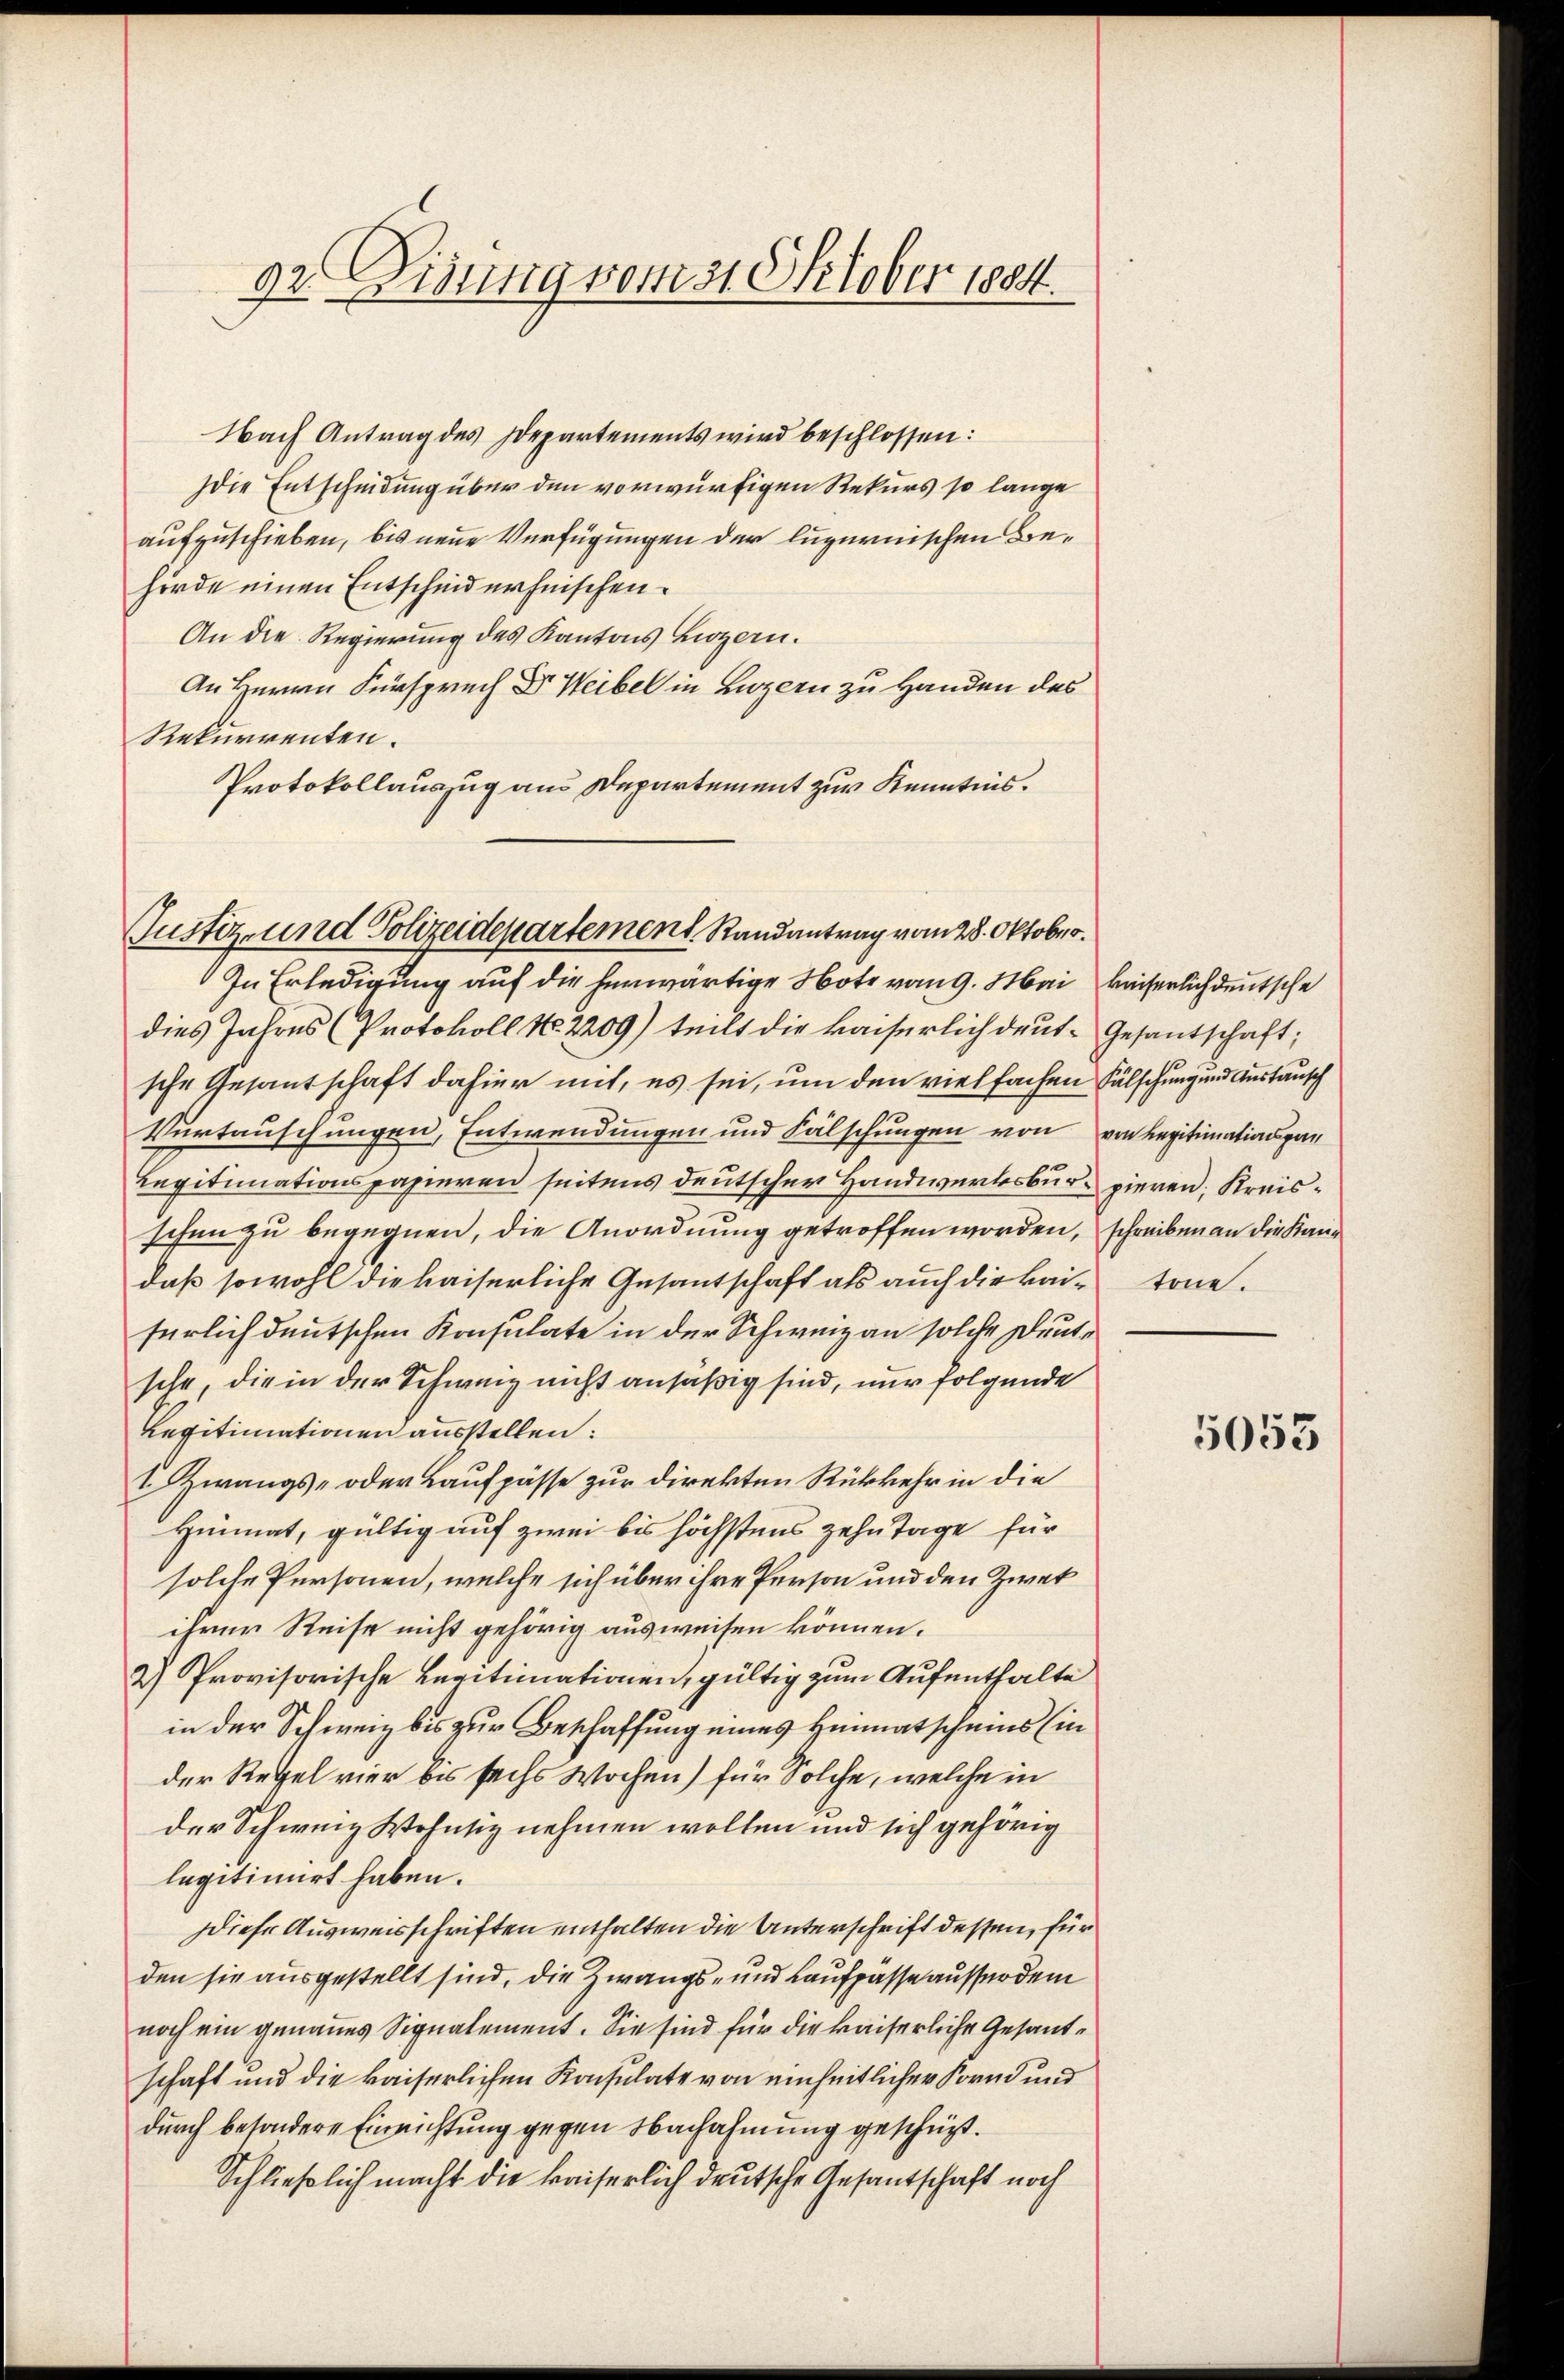
92. Disung vom 31. Oktober 1884.

Nach Antrag des Departements wird beschlossen:
Idie Entscheidung über den vorwürfigen Rekurs so lange
aufzuschieben, bis neue Verfügungen der luzernischen Behörde einen Entscheid erheischen.
An die Regierung des Kantons Luzern.
An Herrn Fürsprech Dr Weibel in Luzern zu Handen des
Rekurrenten.
Protokollauszug aus Departement zur Kenntnis.

Justiz- und Polizeidepartement, Randantrag vom 28. Oktober.

In Erledigung auf die herwärtige Note vom 9. Mai kaiserlich deutsche
dies Jahres (Protokoll No. 2209) teilt die kaiserlich deut- Gesantschaft;
sche Gesantschaft dahier mit, es sei, um den vielfachen Fälschung und Austausch
Vertauschungen, Entwendungen und Fälschungen von von Legitimationspan
Legitimationspapieren seitens deutscher Handwerksbure pieren, Kreisschen zu begegnen, die Anordnung getroffen worden, schreiben an die Kandaß sowohl die kaiserliche Gesantschaft als auch die kaifürlich deutschen Konsulate in der Schweiz an solche Deutsche, die in der Schweiz nicht ansäßig sind, nur folgende
Legitimationen ausstellen:
I Zwangs- oder Laufpässe zur Direkten Rükkehr in die
Himat, gültig auf zwei bis höchstens zehn Tage für
solche Personen, welche sich über ihre Person und den Zwet
ihrer Reise nicht gehörig ausweisen können.
2) Provisorische Legitimationen, gültig zum Aufenthalte
in der Schweiz bis zur Beschaffung eines Heimatscheins Ein
der Regel vier bis sechs Wochen) für Solche, welche in
der Schweiz Wohnsiz nehmen wollen und sich gehörig
legitimiert haben.
Diese Ausweisschriften enthalten die Unterschrift dessen, für
den sie ausgestellt sind, die Zwangs- und Kaufpässe ausserdem
noch ein genannes Signalement. Sie sind für die kaiserliche Gesandschaft und die kaiserlichen Konsulate von einheitlicher Korn und
durch besondere Einrichtung gegen Nachahmung geschüzt.
Schließlich macht die kaiserlich deutsche Gesantschaft noch

töne.

5053